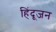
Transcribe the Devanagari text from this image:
हिंदूजन